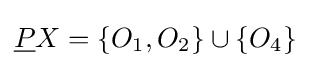
{\underline {P}}X=\{O_{1},O_{2}\}\cup \{O_{4}\}